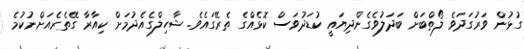
ގުޅުން ވަރުގަދަވެ ލޯތްބަށް ބަދަލުވެގެންދިޔައީ ކުޑަދުވަސް ކޮޅެއްގެ ތެރޭގައެވެ. ޝާހިލްގެއެދުމަށް ކިއާރާ ގޭތެރެއަށްނުކުމެ